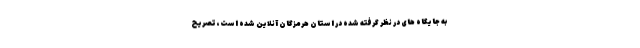
به جایگاه های در نظر گرفته شده در استان هرمزگان آنلاین شده است، تصریح